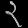
Digit: ၃